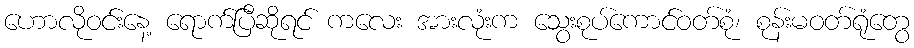
ဟောလိုဝင်းနေ့ ရောက်ပြီဆိုရင် ကလေး အားလုံးက သွေးစုပ်ကောင်ဝတ်စုံ၊ စုန်းမဝတ်ရုံတွေ